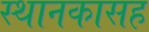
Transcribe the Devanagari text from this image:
स्थानकासह